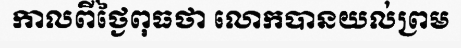
កាលពីថ្ងៃពុធថា លោកបានយល់ព្រម